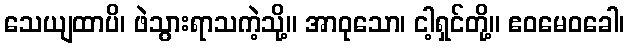
သေယျထာပိ၊ ဖဲသွားရာသကဲ့သို့။ အာဝုသော၊ ငါ့ရှင်တို့။ ဧဝမေဝခေါ၊